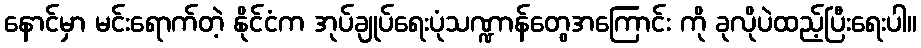
နောင်မှာ မင်းရောက်တဲ့ နိုင်ငံက အုပ်ချုပ်ရေးပုံသဏ္ဍာန်တွေအကြောင်း ကို ခုလိုပဲထည့်ပြီးရေးပါ။